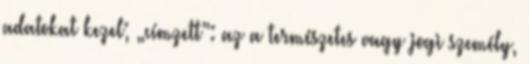
adatokat kezel; „címzett”: az a természetes vagy jogi személy,